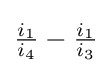
{\tfrac {i_{1}}{i_{4}}}-{\tfrac {i_{1}}{i_{3}}}